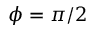
\phi = \pi / 2